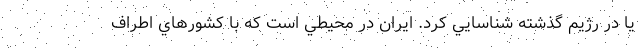
يا در رژيم گذشته شناسايي كرد. ايران در محيطي است كه با كشورهاي اطراف